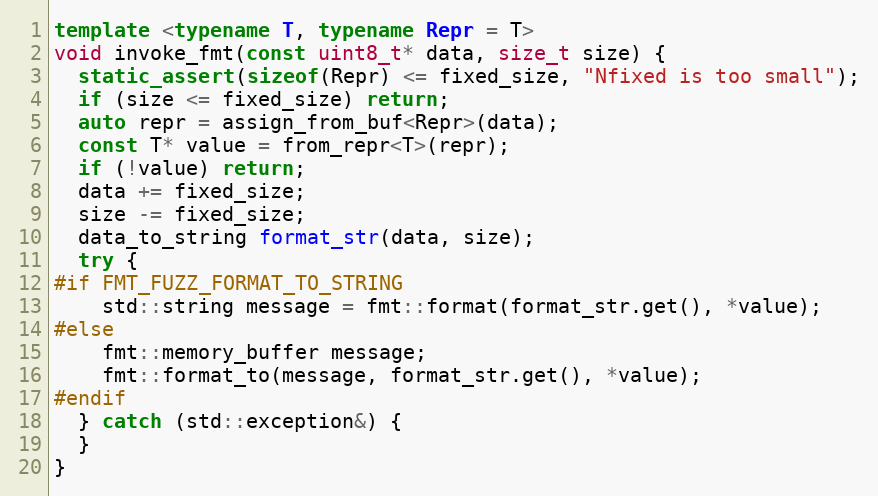
Language: C++
template <typename T, typename Repr = T>
void invoke_fmt(const uint8_t* data, size_t size) {
  static_assert(sizeof(Repr) <= fixed_size, "Nfixed is too small");
  if (size <= fixed_size) return;
  auto repr = assign_from_buf<Repr>(data);
  const T* value = from_repr<T>(repr);
  if (!value) return;
  data += fixed_size;
  size -= fixed_size;
  data_to_string format_str(data, size);
  try {
#if FMT_FUZZ_FORMAT_TO_STRING
    std::string message = fmt::format(format_str.get(), *value);
#else
    fmt::memory_buffer message;
    fmt::format_to(message, format_str.get(), *value);
#endif
  } catch (std::exception&) {
  }
}